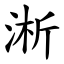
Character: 淅